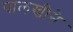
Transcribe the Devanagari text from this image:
पालखीने